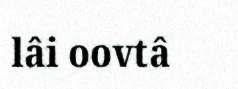
lâi oovtâ